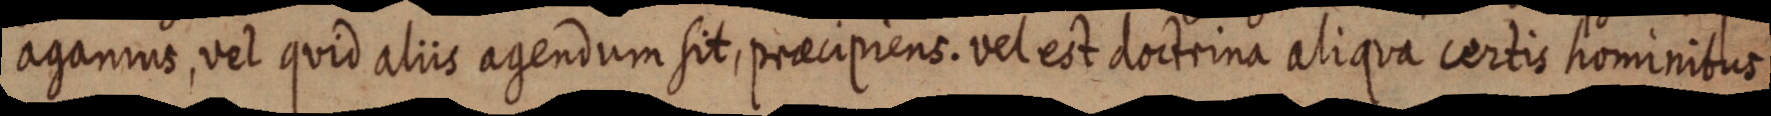
agamus, vel quid aliis agendum sit, praecipiens. vel est doctrina aliqua certis hominibus